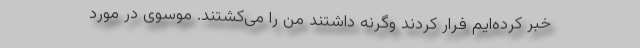
خبر کرده‌ایم فرار کردند وگرنه داشتند من را می‌کشتند. موسوی در مورد